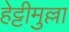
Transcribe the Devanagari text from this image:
हेट्टीमुल्ला